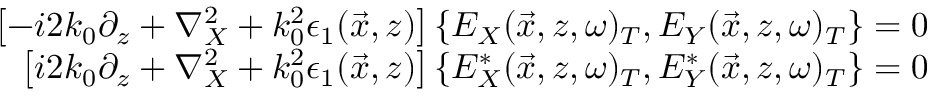
\begin{array} { r } { \left[ - i 2 k _ { 0 } \partial _ { z } + \nabla _ { X } ^ { 2 } + k _ { 0 } ^ { 2 } \epsilon _ { 1 } ( \vec { x } , z ) \right] \left\{ E _ { X } ( \vec { x } , z , \omega ) _ { T } , E _ { Y } ( \vec { x } , z , \omega ) _ { T } \right\} = 0 } \\ { \left[ i 2 k _ { 0 } \partial _ { z } + \nabla _ { X } ^ { 2 } + k _ { 0 } ^ { 2 } \epsilon _ { 1 } ( \vec { x } , z ) \right] \left\{ E _ { X } ^ { * } ( \vec { x } , z , \omega ) _ { T } , E _ { Y } ^ { * } ( \vec { x } , z , \omega ) _ { T } \right\} = 0 } \end{array}